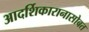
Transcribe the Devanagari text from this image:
आदर्शिकारानासोबत